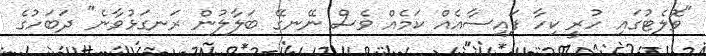
"ވޮލެޓުގައި ހުރީ ކިހާ ފައިސާއެއް ކަމެއް ވެސް ނޭނގޭ ބަލާލުން ރަނގަޅުވާނެ" ދަބަހުގެ